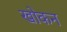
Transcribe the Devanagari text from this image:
खोकन